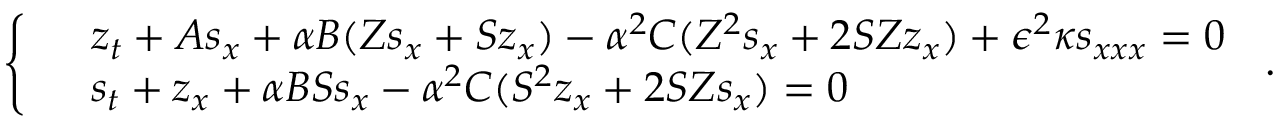
\left\{ \begin{array} { r l } & { z _ { t } + A s _ { x } + \alpha B ( Z s _ { x } + S z _ { x } ) - \alpha ^ { 2 } C ( Z ^ { 2 } s _ { x } + 2 S Z z _ { x } ) + \epsilon ^ { 2 } \kappa s _ { x x x } = 0 } \\ & { s _ { t } + z _ { x } + \alpha B S s _ { x } - \alpha ^ { 2 } C ( S ^ { 2 } z _ { x } + 2 S Z s _ { x } ) = 0 } \end{array} \right. \, .